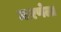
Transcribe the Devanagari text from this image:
धारणेला